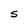
Character: S